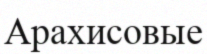
Арахисовые